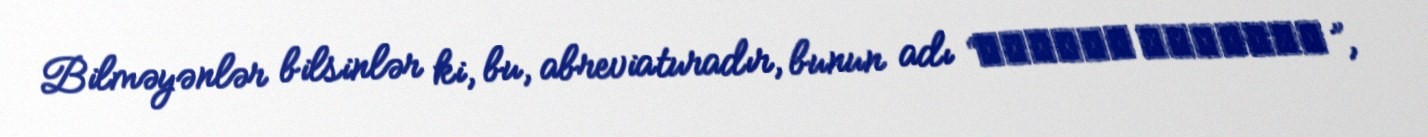
Bilməyənlər bilsinlər ki, bu, abreviaturadır, bunun adı “Смерть Шпионам”,